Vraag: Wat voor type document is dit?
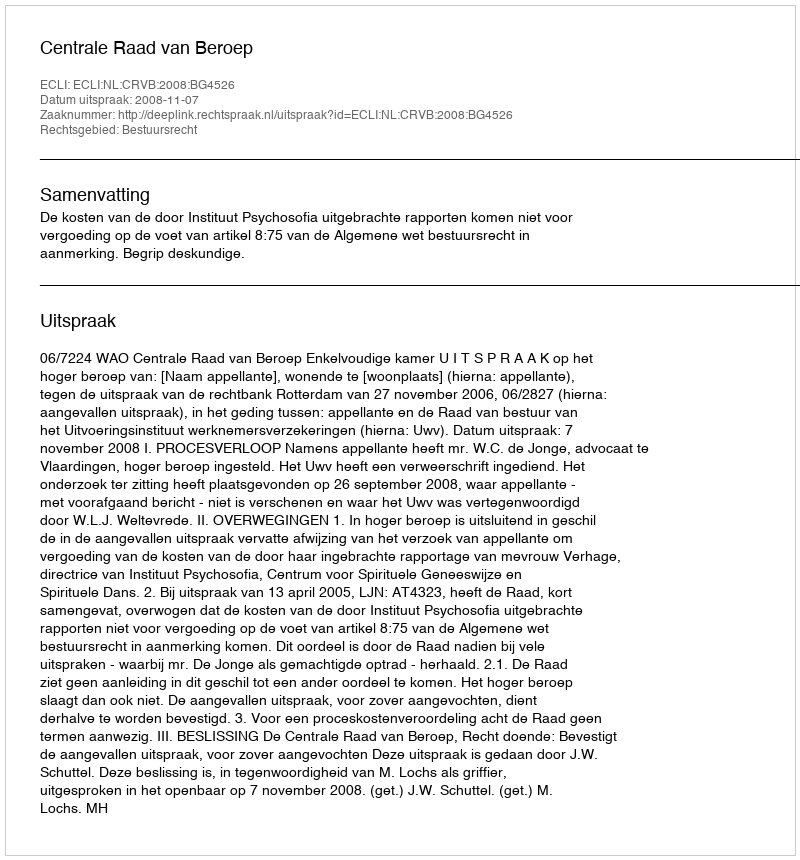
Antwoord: Uitspraak